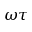
\omega \tau